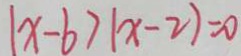
1 x - b > 1 x - 2 ) = 0